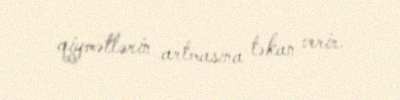
qiymətlərin artmasına təkan verir.